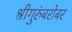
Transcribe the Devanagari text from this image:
श्रीगुरुंंबरोबर